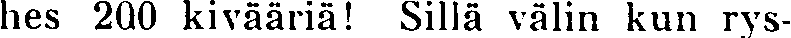
hes 200 kivääriä! Sillä välin kun rys-